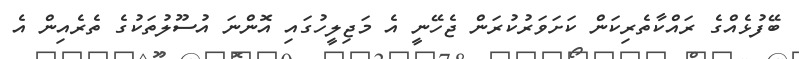
ބޭފުޅެއްގެ ރައްކާތެރިކަން ކަށަވަރުކުރަން ޖެހޭނީ އެ މަޖިލީހުގައި އޮންނަ އުސޫލުތަކުގެ ތެރެއިން އެ